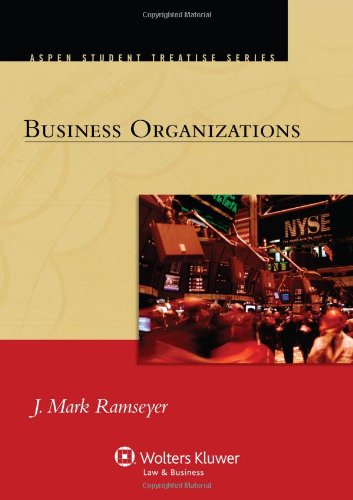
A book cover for Business Organizations (Aspen Student Treatise Series); J. Mark Ramseyer; Law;